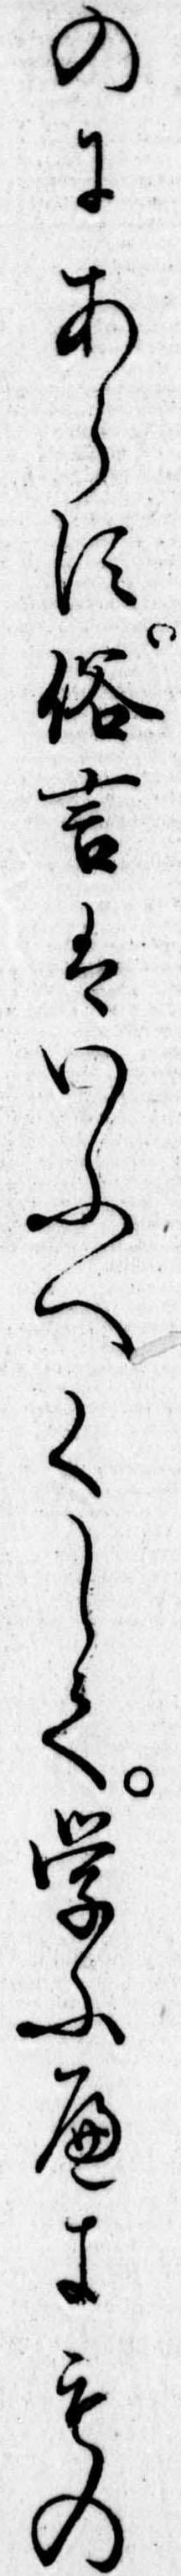
のにあらす俗言はいふへくして学ふへきもの